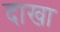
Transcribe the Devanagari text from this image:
दाखा